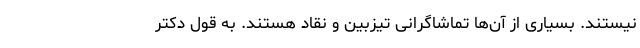
نیستند. بسیاری از آن‌ها تماشاگرانی تیزبین و نقاد هستند. به قول دکتر